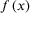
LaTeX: { f } \left( x \right)